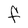
Character: F